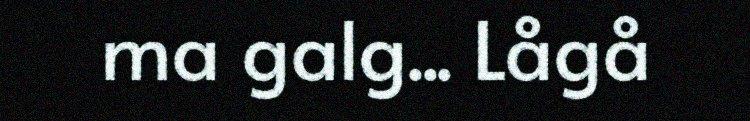
ma galg... Lågå